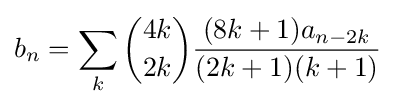
b_{n}=\sum _{k}{\binom {4k}{2k}}{\frac {(8k+1)a_{n-2k}}{(2k+1)(k+1)}}